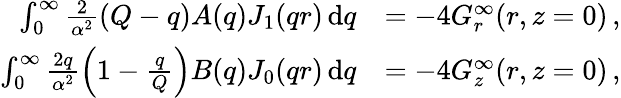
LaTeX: \begin{array}{rl}{\int_{0}^{\infty}\frac{2}{\alpha^{2}}\left(Q-q\right)A(q)J_{1}(qr)\, \mathrm{d}q}&{=-4G_{r}^{\infty}(r,z=0)\, ,}\\ {\int_{0}^{\infty}\frac{2q}{\alpha^{2}}\left(1-\frac{q}{Q}\right)B(q)J_{0}(qr)\, \mathrm{d}q}&{=-4G_{z}^{\infty}(r,z=0)\, ,}\end{array}